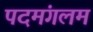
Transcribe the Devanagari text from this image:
पदमंगलम